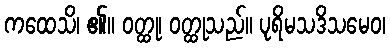
ကထေသိ၊ ၏။ ဝတ္ထု၊ ဝတ္ထုသည်။ ပုရိမသဒိသမေဝ၊